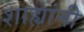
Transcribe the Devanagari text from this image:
शाह्यांनी